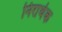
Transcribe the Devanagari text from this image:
निरार्थक